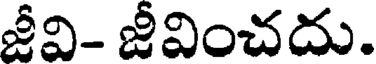
జీవి- జీవించదు.